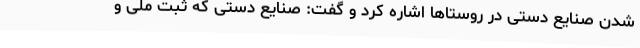
شدن صنایع دستی در روستاها اشاره کرد و گفت: صنایع دستی که ثبت ملی و